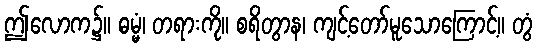
ဤလောက၌။ ဓမ္မံ၊ တရားကို။ စရိတွာန၊ ကျင့်တော်မူသောကြောင့်။ တွံ